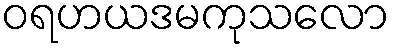
ဝရဟယဒမကုသလော